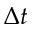
{ \Delta } t